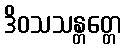
ဒိဝသသန္တတ္တေ